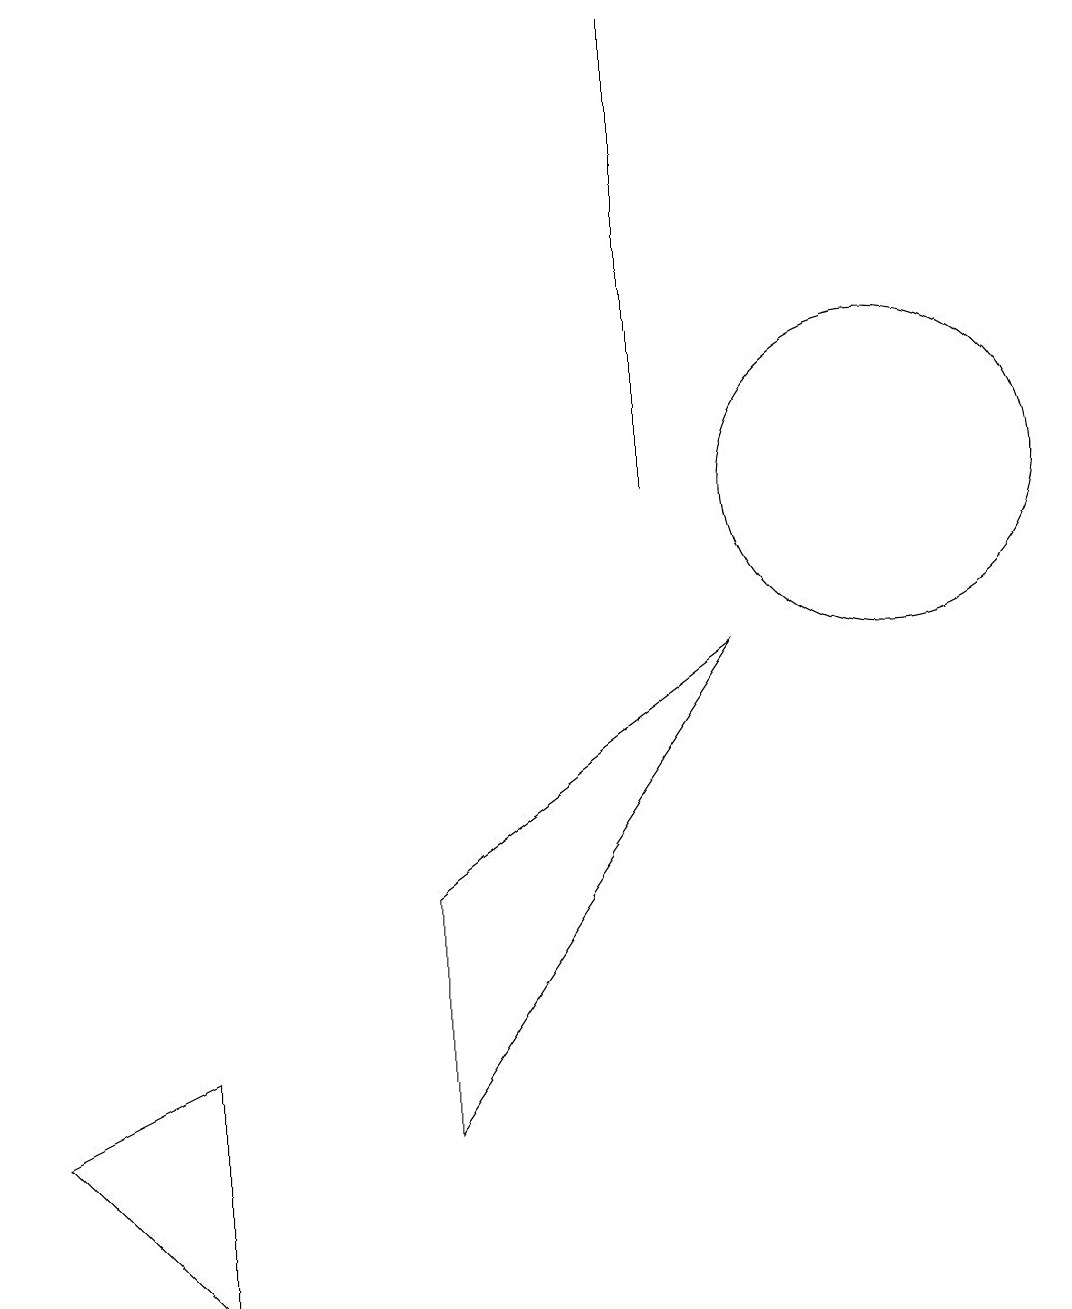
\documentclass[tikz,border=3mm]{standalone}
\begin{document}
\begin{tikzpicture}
\draw (8,17) rectangle (8,11);
\draw (9,9) -- (5,3) -- (5,6) -- cycle;
\draw (2,4) -- (2,1) -- (0,3) -- cycle;
\draw (11,11) circle (2);
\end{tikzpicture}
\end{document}